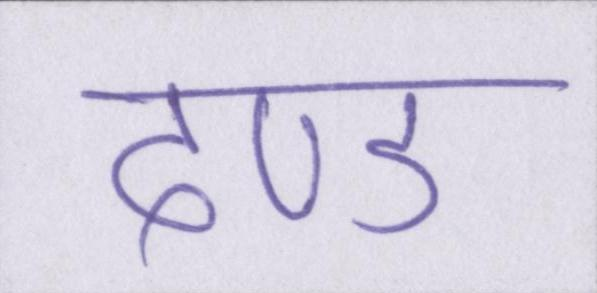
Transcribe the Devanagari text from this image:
दण्ड